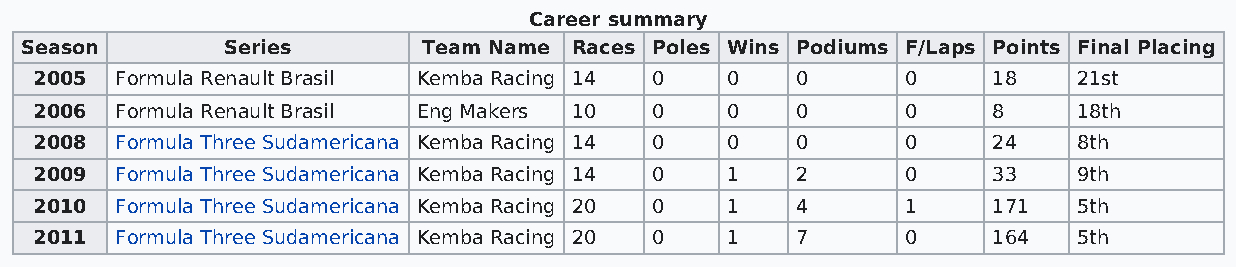
Career summary
 Season        Series       Team Name Races Poles Wins Podiums F/Laps Points Final Placing
 2005  Formula Renault Brasil Kemba Racing 14 0 0   0      0     18   21st
 2006  Formula Renault Brasil Eng Makers 10 0  0    0      0     8    18th
 2008  Formula Three Sudamericana Kemba Racing 14 0 0 0    0     24   8th
 2009  Formula Three Sudamericana Kemba Racing 14 0 1 2    0     33   9th
 2010  Formula Three Sudamericana Kemba Racing 20 0 1 4    1     171  5th
 2011  Formula Three Sudamericana Kemba Racing 20 0 1 7    0     164  5th